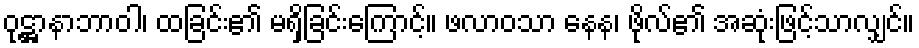
ဝုဋ္ဌာနာဘာဝါ၊ ထခြင်း၏ မရှိခြင်းကြောင့်။ ဖလာဝသာ နေန၊ ဖိုလ်၏ အဆုံးဖြင့်သာလျှင်။